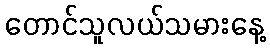
တောင်သူလယ်သမားနေ့